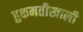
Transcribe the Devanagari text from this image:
हुकमतीखाली